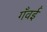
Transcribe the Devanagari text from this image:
गँवईं